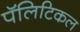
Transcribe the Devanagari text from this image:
पॅलिटिकल